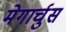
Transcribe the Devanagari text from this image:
मेगार्चुस